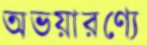
অভয়ারণ্যে